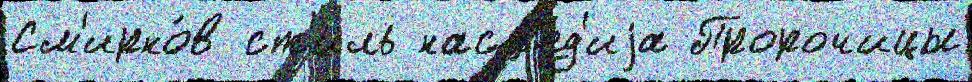
См'ирно́в ст'иль насл'е́д'иjа Пророчицы